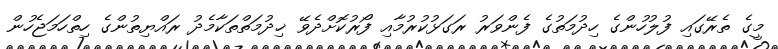
މީގެ ތެރޭގައި ފުލުހުންގެ ހިދުމަތުގެ ފެންވަރު ރަގަޅުކުރުމާއި ފޯރުކޮށްދެވޭ ޚިދުމަތްތަކާމެދު ރައްޔިތުންގެ ހިތްހަމަޖެހުން